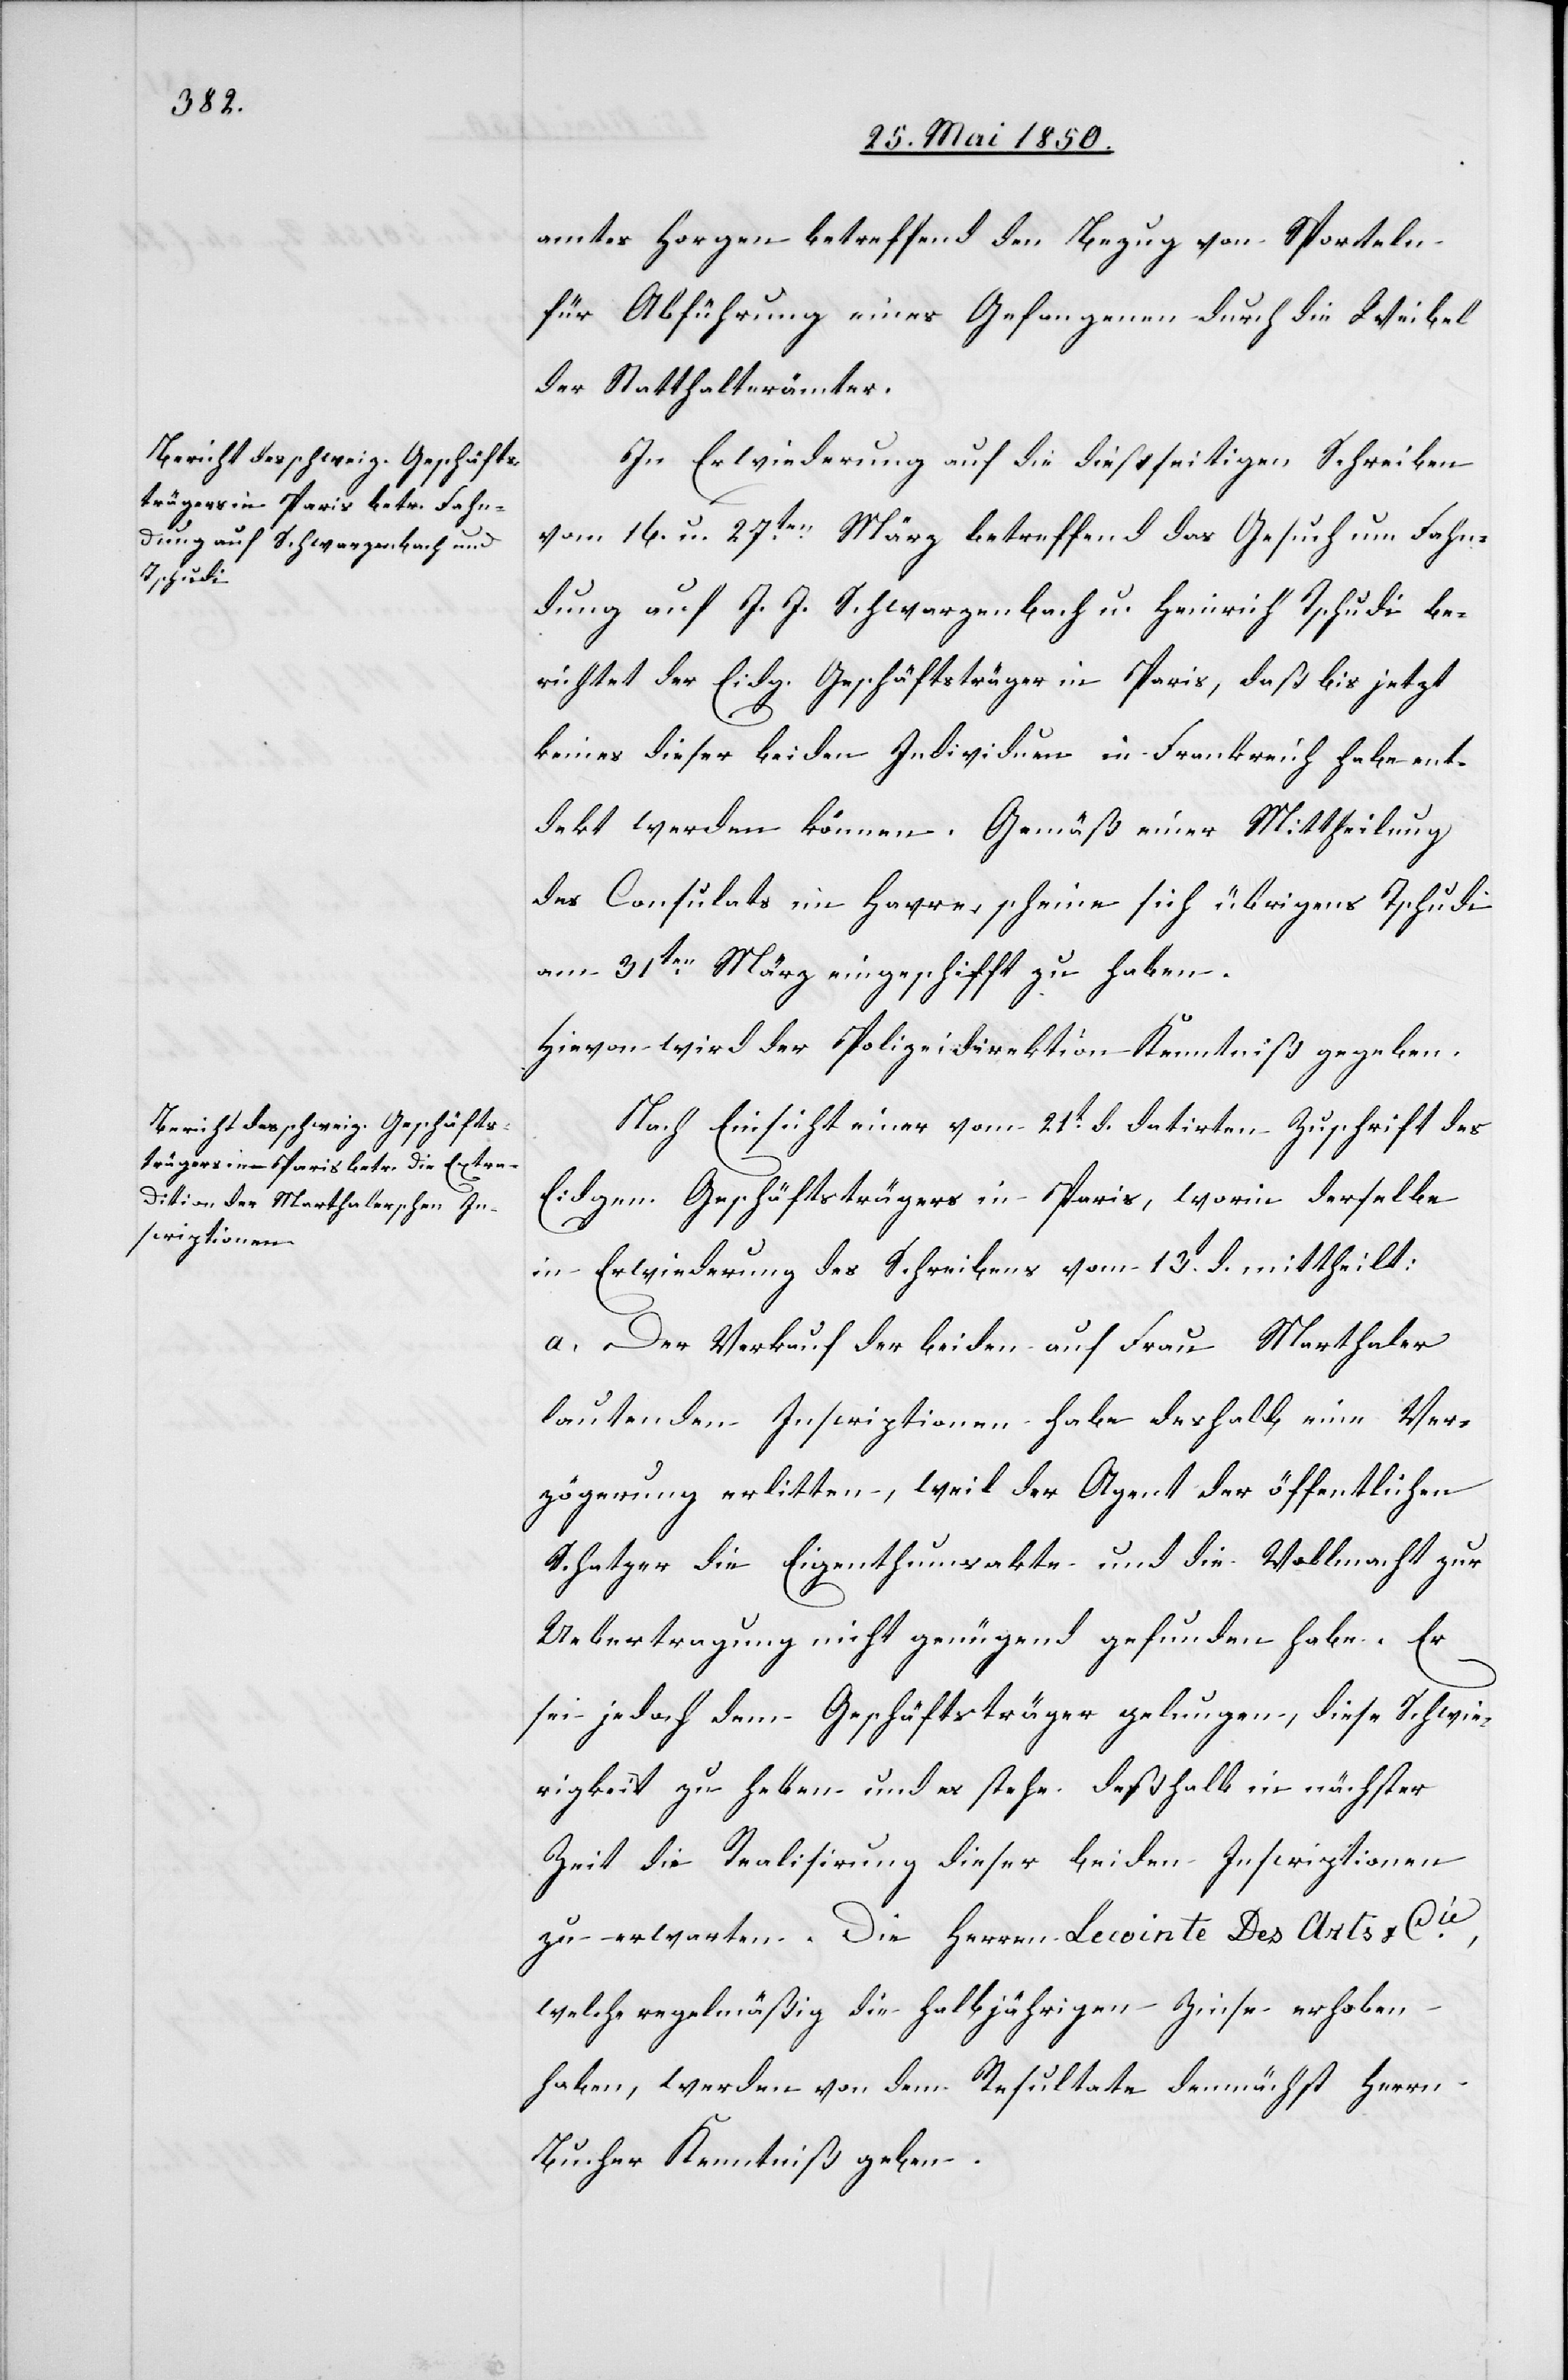
amtes Horgen betreffend den Bezug von Sporteln
für Abführung eines Gefangenen durch die Weibel
der Statthalterämter.
In Erwiederung auf die dießseitigen Schreiben
vom 16. u. 27ten März betreffend das Gesuch um Fahn¬
dung auf J. J. Schwarzenbach u. Heinrich Tschudi be¬
richtet der Eidg. Geschäftsträger in Paris, daß bis jetzt
keines dieser beiden Individuen in Frankreich habe ent¬
dekt werden können. Gemäß einer Mittheilung
des Consulats im Havre, scheine sich übrigens Tschudi
am 31ten März eingeschifft zu haben.
Hievon wird der Polizeidirektion Kenntniß gegeben.
Nach Einsicht einer vom 21t dß. datirten Zuschrift des
Eidgen. Geschäftsträgers in Paris, worin derselbe
in Erwiederung des Schreibens vom 13t d. mittheilt:
a. der Verkauf der beiden auf Frau Marthaler
lautenden Inscriptionen habe deshalb eine Ver¬
zögerung erlitten, weil der Agent der öffentlichen
Schatzer die Eigenthumsakte und die Vollmacht zur
Uebertragung nicht genügend gefunden habe. Es
sei jedoch dem Geschäftsträger gelungen, diese Schwie¬
rigkeit zu heben und es stehe deßhalb in nächster
Zeit die Realisirung dieser beiden Inscriptionen
zu erwarten. Die Herren Lecointe Des Arts & Cie,
welche regelmäßig die halbjährigen Zinse erhoben
haben, werden von dem Resultate demnächst Herrn
Bucher Kenntniß geben.